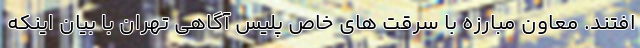
افتند. معاون مبارزه با سرقت های خاص پلیس آگاهی تهران با بیان اینکه